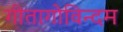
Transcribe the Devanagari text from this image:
गीतागोविन्दम